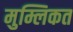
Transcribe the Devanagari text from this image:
मुम्लिकत